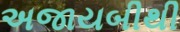
અજાયબીથી